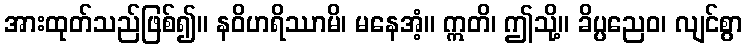
အားထုတ်သည်ဖြစ်၍။ နဝိဟရိဿာမိ၊ မနေအံ့။ ဣတိ၊ ဤသို့။ ခိပ္ပညေဝ၊ လျင်စွာ